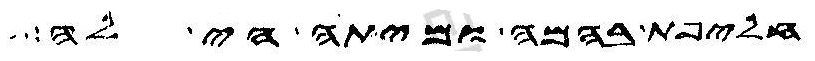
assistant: חליפת בהמה ומיתה הי לה